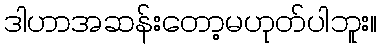
ဒါဟာအဆန်းတော့မဟုတ်ပါဘူး။